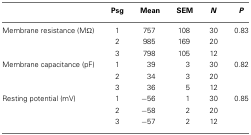
<table><thead><tr><td></td><td><b>Psg</b></td><td><b>Mean</b></td><td><b>SEM</b></td><td><b><i>N</i></b></td><td><b><i>P</i></b></td></tr></thead><tbody><tr><td>Membrane resistance (MΩ)</td><td>1</td><td>757</td><td>108</td><td>30</td><td>0.83</td></tr><tr><td></td><td>2</td><td>985</td><td>169</td><td>20</td><td></td></tr><tr><td></td><td>3</td><td>798</td><td>105</td><td>12</td><td></td></tr><tr><td>Membrane capacitance (pF)</td><td>1</td><td>39</td><td>3</td><td>30</td><td>0.82</td></tr><tr><td></td><td>2</td><td>34</td><td>3</td><td>20</td><td></td></tr><tr><td></td><td>3</td><td>36</td><td>5</td><td>12</td><td></td></tr><tr><td>Resting potential (mV)</td><td>1</td><td>−56</td><td>1</td><td>30</td><td>0.85</td></tr><tr><td></td><td>2</td><td>−58</td><td>2</td><td>20</td><td></td></tr><tr><td></td><td>3</td><td>−57</td><td>2</td><td>12</td><td></td></tr></tbody></table>